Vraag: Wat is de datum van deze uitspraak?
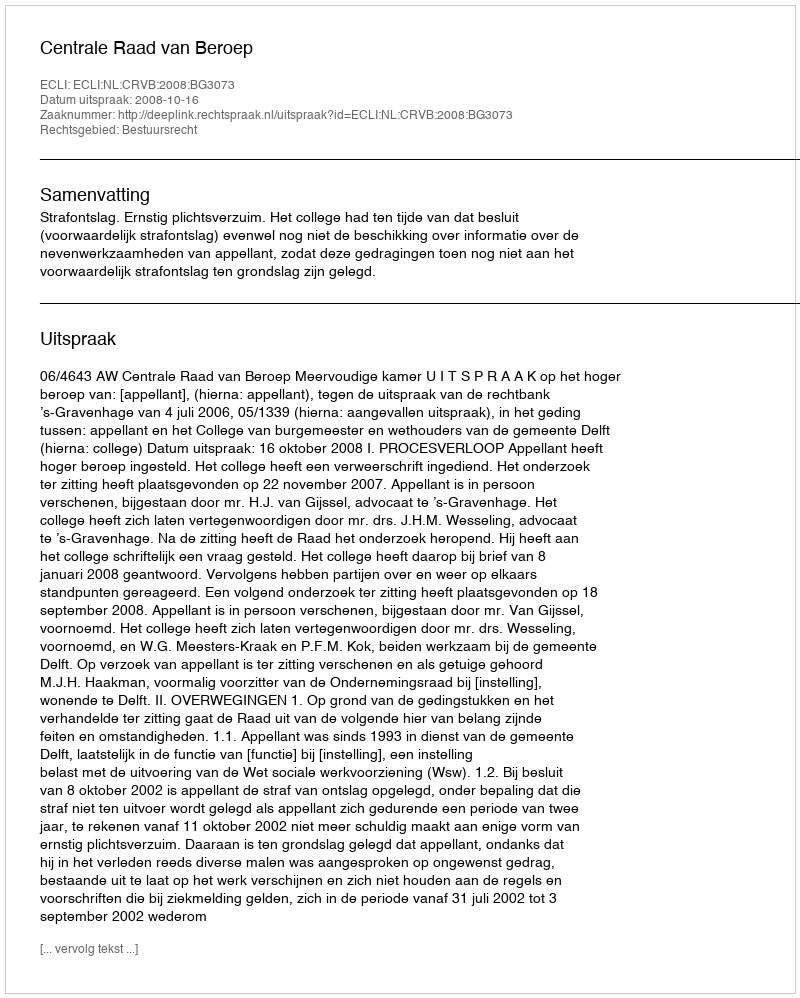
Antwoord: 2008-10-16